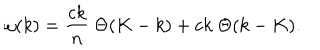
\omega ( k ) = { \frac { c k } { n } } \; \Theta ( K - k ) + c k \; \Theta ( k - K ) .